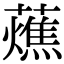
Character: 𧂒